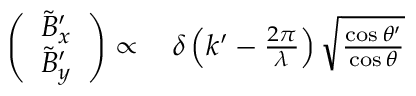
\begin{array} { r l } { \left( \begin{array} { l } { \tilde { B } _ { x } ^ { \prime } } \\ { \tilde { B } _ { y } ^ { \prime } } \end{array} \right) \propto \, } & { { } \delta \left( k ^ { \prime } - \frac { 2 \pi } { \lambda } \right) \sqrt { \frac { \cos \theta ^ { \prime } } { \cos \theta } } } \end{array}